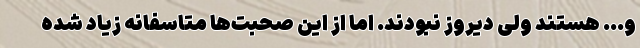
و... هستند ولی دیروز نبودند. اما از این صحبت‌ها متاسفانه زیاد شده